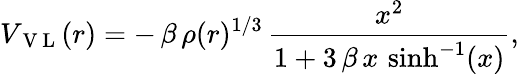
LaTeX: V_{\mathrm{~V~L~}}(r)=-\, \beta\, \rho(r)^{{1}/{3}}\, \frac{x^{2}}{1+3\, \beta\, x\, \sinh^{-1}(x)},